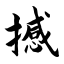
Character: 撼